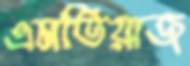
এমতিয়াজ